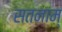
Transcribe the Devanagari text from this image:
सतनाम्